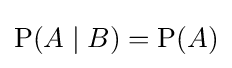
\operatorname {P} (A\mid B)=\operatorname {P} (A)